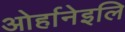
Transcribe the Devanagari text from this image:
ओर्हानेइलि